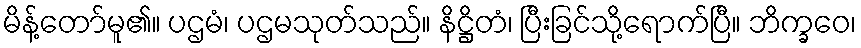
မိန့်တော်မူ၏။ ပဌမံ၊ ပဌမသုတ်သည်။ နိဋ္ဌိတံ၊ ပြီးခြင်သို့ရောက်ပြီ။ ဘိက္ခဝေ၊